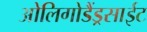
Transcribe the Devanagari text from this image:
ओलिगोडैंड्रसाईट